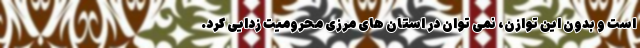
است و بدون این توازن، نمی توان در استان های مرزی محرومیت زدایی کرد.